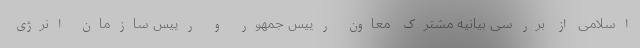
اسلامی از بررسی بیانیه مشترک معاون رییس جمهور و رییس سازمان انرژی